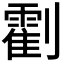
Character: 𠠛